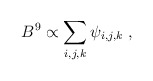
\begin{align*}B^{9} \propto \sum_{i,j,k} \psi_{i,j,k} \;,\end{align*}